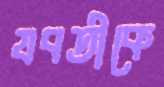
যবতীকে